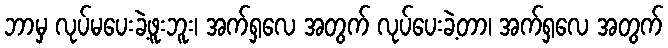
ဘာမှ လုပ်မပေးခဲ့ဖူးဘူး၊ အက်ရှလေ အတွက် လုပ်ပေးခဲ့တာ၊ အက်ရှလေ အတွက်